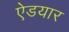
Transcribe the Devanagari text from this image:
ऐडयार